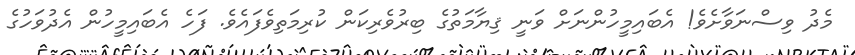
މެދު ވިސްނަވާށެވެ! އެބައިމީހުންނަށް ވަނީ ޤިޔާމަތުގެ ބިރުވެރިކަން ކުރިމަތިވެފައެވެ. ފަހެ އެބައިމީހުން އެދުވަހުގެ